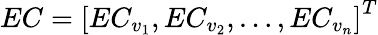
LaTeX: EC=\left[EC_{v_{1}},EC_{v_{2}},\dots,EC_{v_{n}}\right]^{T}